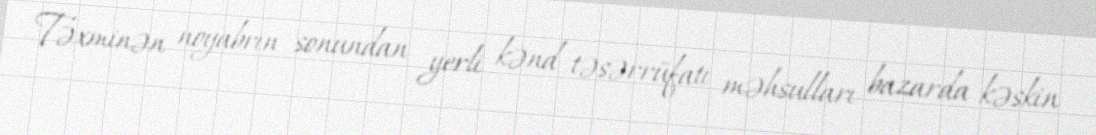
Təxminən noyabrın sonundan yerli kənd təsərrüfatı məhsulları bazarda kəskin